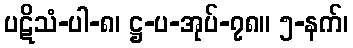
ပဋိသံ-ပါ-၈၊ ဋ္ဌ-ပ-အုပ်-၇၈။ ၅-နက်၊